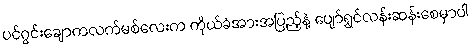
ပင်ဂွင်းချောကလက်မစ်လေးက ကိုယ်ခံအားအပြည့်နဲ့ ပျော်ရွှင်လန်းဆန်းစေမှာပါ